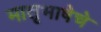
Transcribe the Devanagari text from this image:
मातृभाषेचे